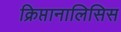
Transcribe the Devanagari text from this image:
क्रिप्तानालिसिस